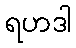
ရဟဒါ